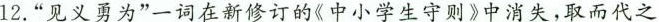
12.”见义勇为”一词在新修订的《中小学生守则》中消失，取而代之